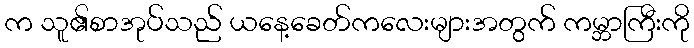
က သူ၏စာအုပ်သည် ယနေ့ခေတ်ကလေးများအတွက် ကမ္ဘာကြီးကို